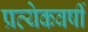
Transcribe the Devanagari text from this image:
प्रत्येकवर्षी